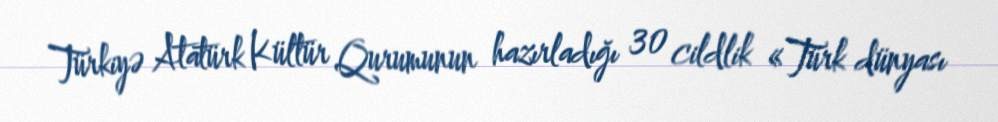
Türkiyə Atatürk Kültür Qurumunun hazırladığı 30 cildlik «Türk dünyası